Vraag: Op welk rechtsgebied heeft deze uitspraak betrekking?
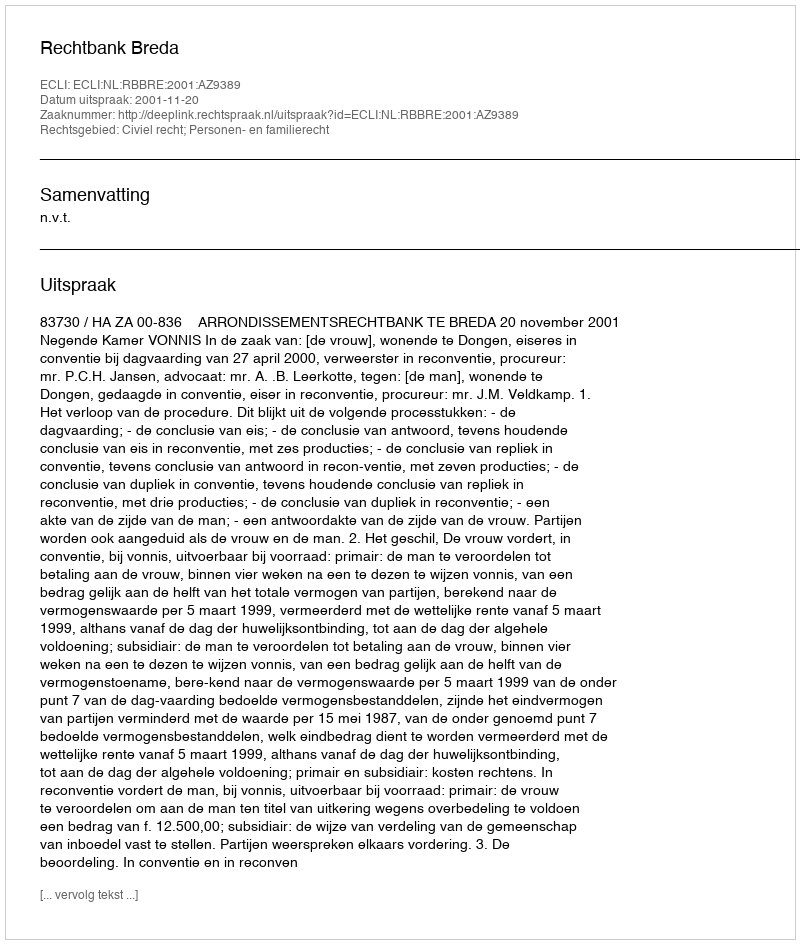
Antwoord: Civiel recht; Personen- en familierecht